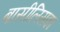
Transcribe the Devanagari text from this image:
बासीलिसका